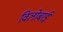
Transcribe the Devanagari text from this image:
विलोबाई